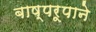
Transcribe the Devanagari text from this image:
बाष्परूपाने